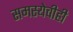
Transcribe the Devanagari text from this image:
समस्येचीही